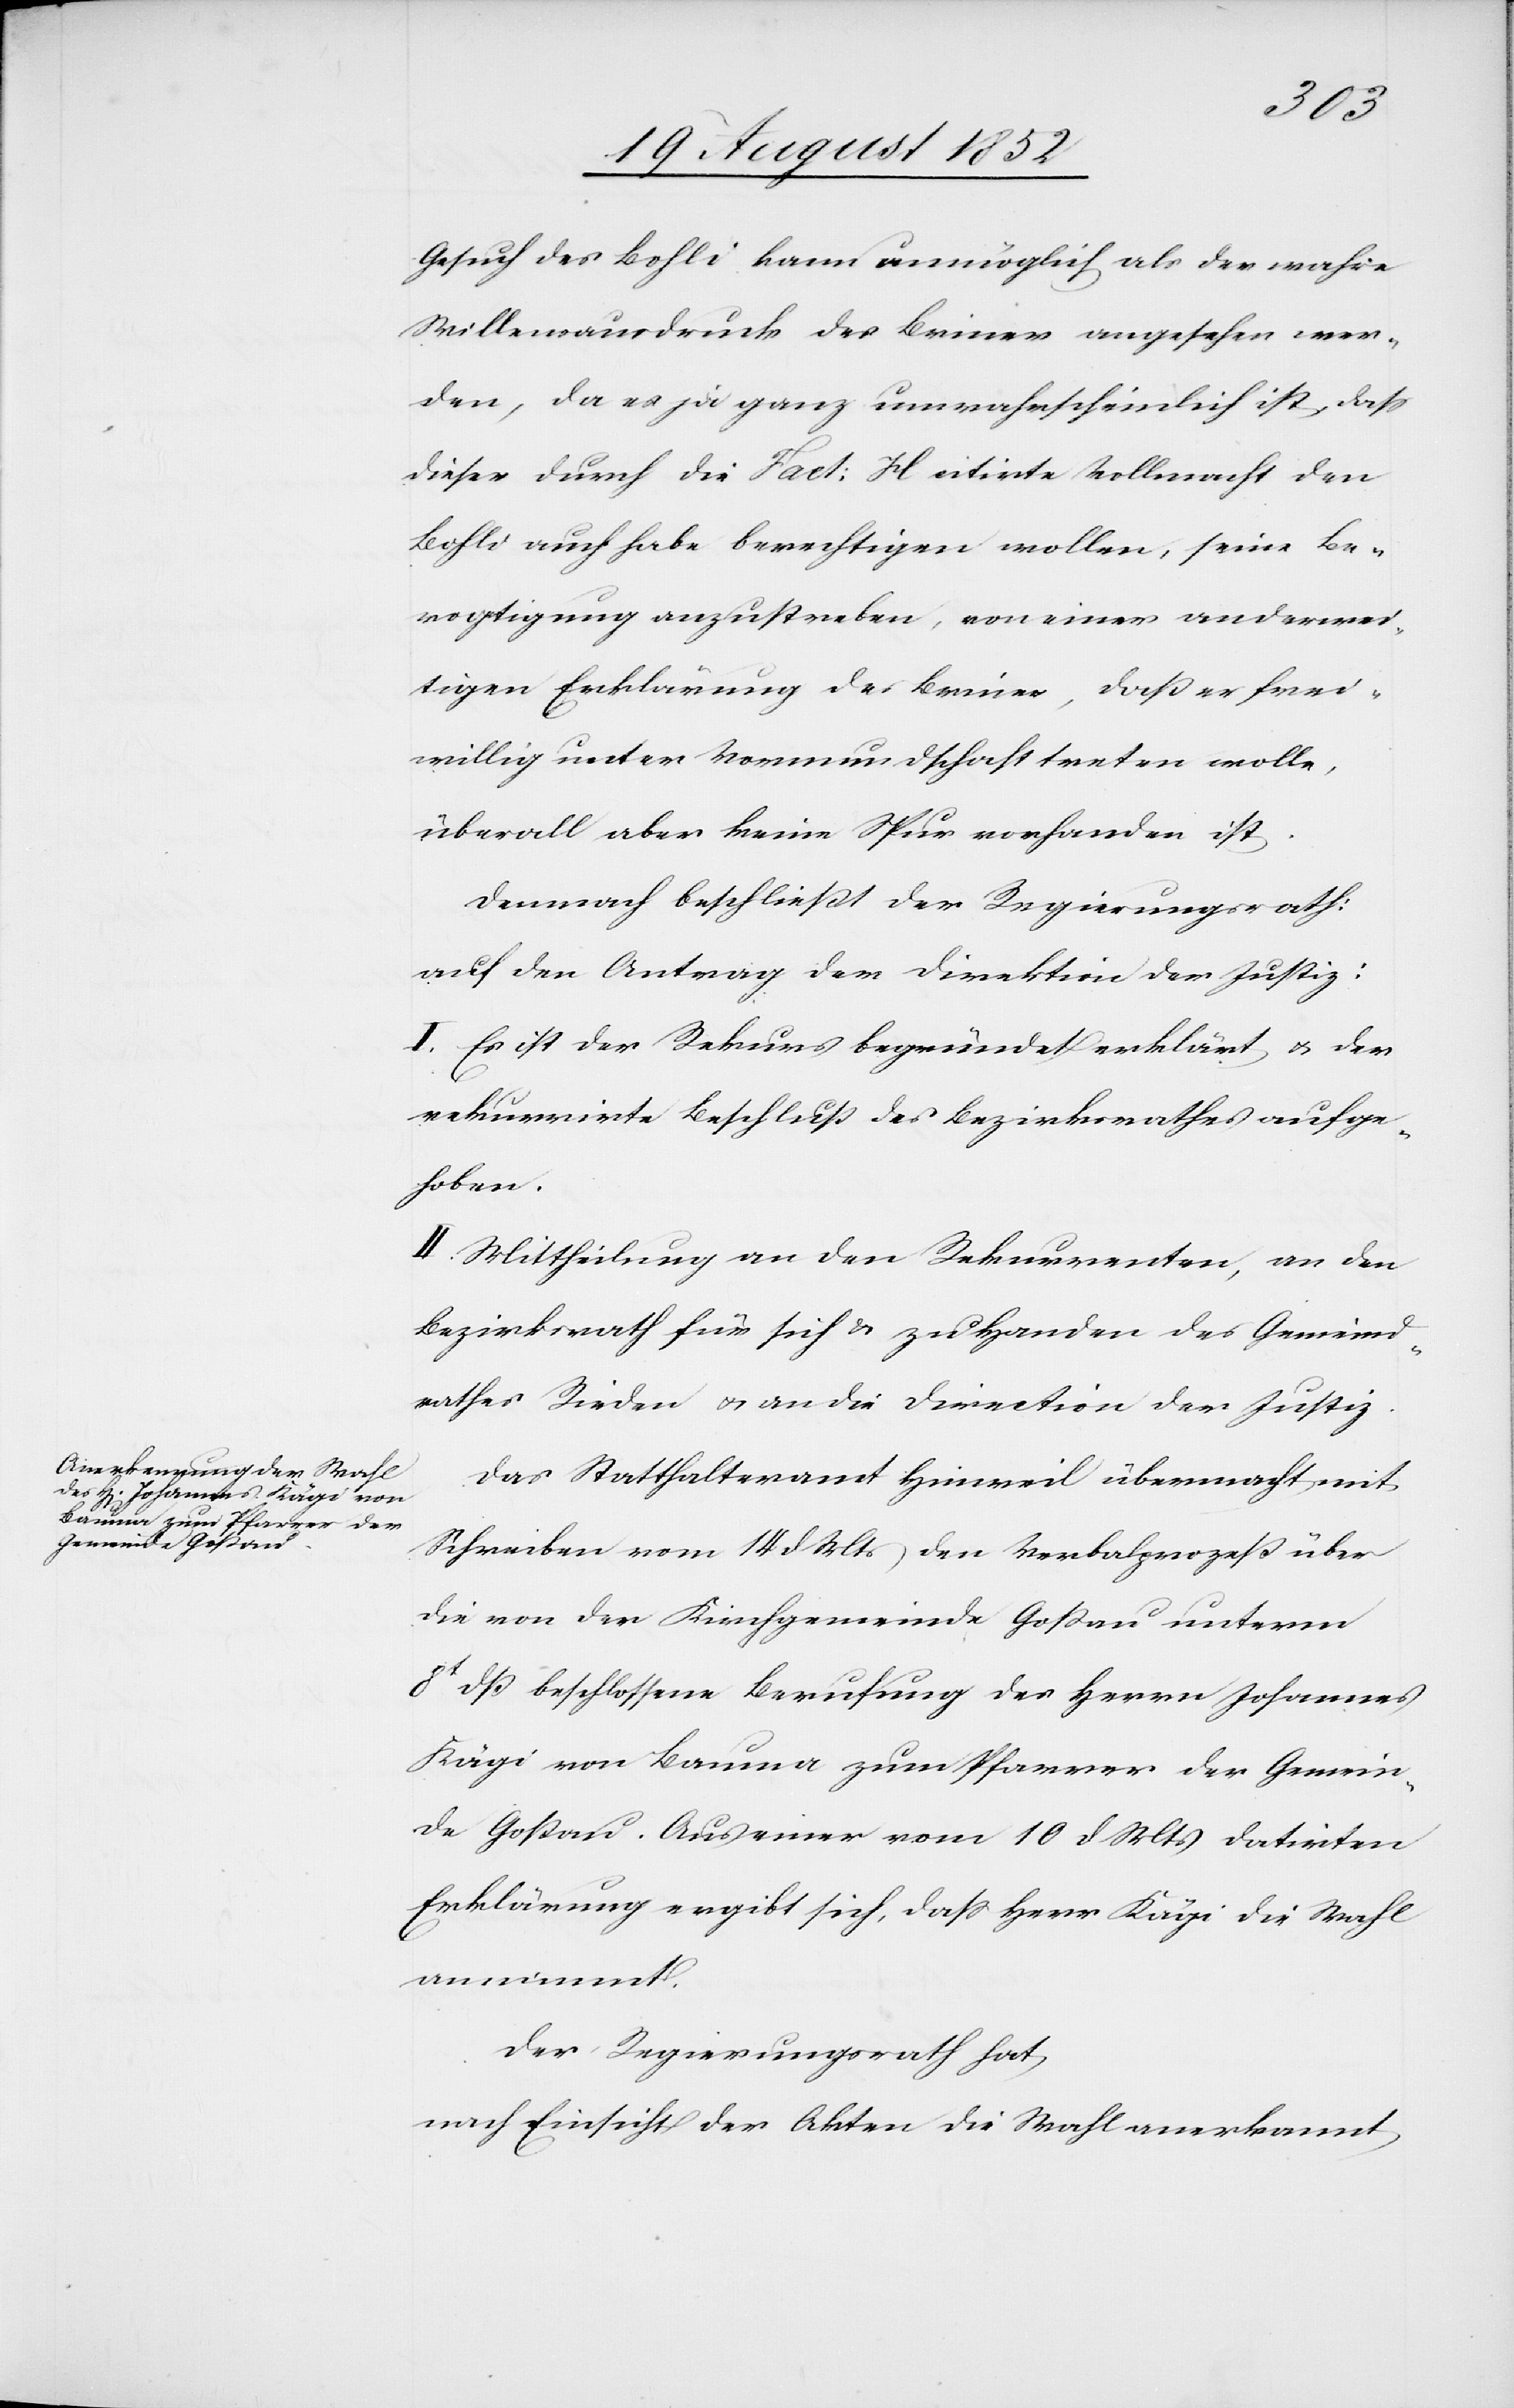
Gesuch des Bohli kann unmöglich als der wahre
Willensausdruck des Briner angesehen wer¬
den, da es ja ganz unwahrscheinlich ist, dass
dieser durch die Fact: H citirte Vollmacht den
Bohli auch habe berechtigen wollen, seine Be¬
vogtigung anzustreben, von einer anderwei¬
tigen Erklärung des Briner, daß er frei¬
willig unter Vormundschaft treten wolle,
überall aber keine Spur vorhanden ist.
Demnach beschließt der Regierungsrath:
auf den Antrag der Direktion der Justiz:
I. Es ist der Rekurs begründet erklärt & der
rekurrirte Beschluß des Bezirksrathes aufge¬
hoben.
II. Mittheilung an den Rekurrenten, an den
Bezirksrath für sich & zu Handen des Gemeind¬
rathes Rieden & an die Direction der Justiz.
Das Statthalteramt Hinweil übermacht mit
Schreiben vom 14 d Mts den Verbalprozeß über
die von der Kirchgemeinde Goßau unterm
8t dß beschlossene Berufung des Herrn Johannes
Kägi von Bauma zum Pfarrer der Gemein¬
de Goßau. Aus einer vom 10 d Mts datirten
Erklärung ergibt sich, dass Herr Kägi die Wahl
annimmt.
Der Regierungsrath hat
nach Einsicht der Akten die Wahl anerkannt